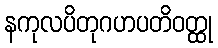
နကုလပိတုဂဟပတိဝတ္ထု